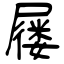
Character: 屦